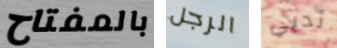
بالمفتاح الرجل ثديي